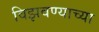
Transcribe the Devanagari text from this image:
विझवण्याच्या